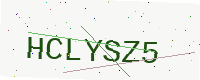
Text: HCLYSZ5